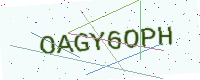
Text: OAGY6OPH